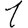
Digit: 1